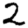
Digit: 2